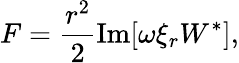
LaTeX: F=\frac{r^{2}}{2}\operatorname{Im}[\omega\xi_{r}W^{*}],